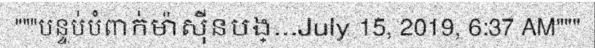
"""បន្ទប់បំពាក់ម៉ាស៊ីនបង្...July 15, 2019, 6:37 AM"""